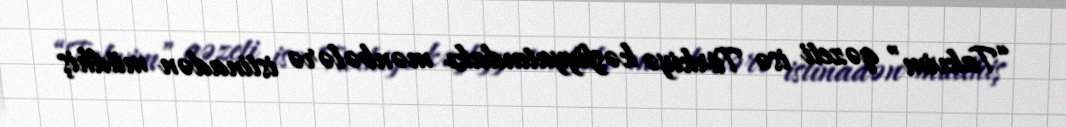
“Takvim” qəzeti isə Türkiyə kəşfiyyatındakı mənbələrə istinadən müdhiş